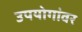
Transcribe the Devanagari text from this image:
उपयोगांवर